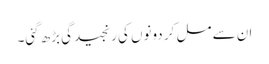
ان سے مل کر دونوں کی رنجیدگی بڑھ گئی۔